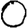
Digit: 0